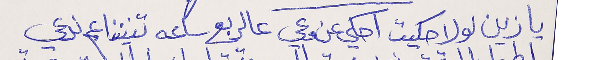
يا زين لولا حكيت احكي عن وعي  عالربع ساعه تنيننا عم ندعي